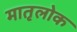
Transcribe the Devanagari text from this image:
मातृलोक